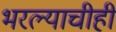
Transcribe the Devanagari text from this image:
भरल्याचीही